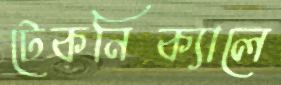
টেকনিক্যালে